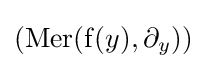
{\textstyle (\operatorname {Mer} (\operatorname {f} (y),\partial _{y}))}